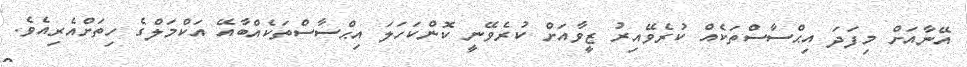
އޭނާއަށް މިފަދަ އިޙްސާސްތަކެއް ކުރެވޭއިރު ޒީވާއަށް ކުރެވޭނީ ކޮންކަހަލަ އިޙްސާސްތަކެއްބާއޭ އަކްމަލްގެ ހިތަށްއެރިއެވެ.